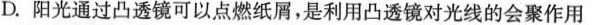
D.阳光通过凸透镜可以点燃纸屑，是利用凸透镜对光线的会聚作用